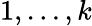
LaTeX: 1,\ldots,k